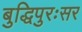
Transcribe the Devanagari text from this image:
बुद्धिपुरःसर